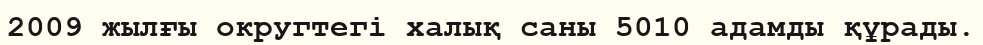
2009 жылғы округтегі халық саны 5010 адамды құрады.